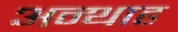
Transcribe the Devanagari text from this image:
अन्‍थाह